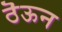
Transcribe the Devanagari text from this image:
ठॆऊन